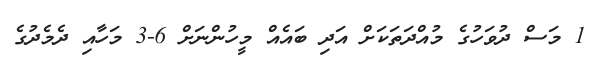
1 މަސް ދުވަހުގެ މުއްދަތަކަށް އަދި ބައެއް މީހުންނަށް 6-3 މަހާއި ދެމެދުގެ